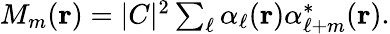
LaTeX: \begin{array}{r}{M_{m}({\mathbf r})=|C|^{2}\sum_{\ell}\alpha_{\ell}({\mathbf r})\alpha_{\ell+m}^{*}({\mathbf r}).}\end{array}